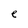
Character: e